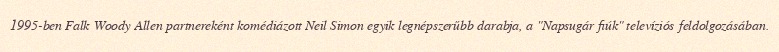
1995-ben Falk Woody Allen partnereként komédiázott Neil Simon egyik legnépszerűbb darabja, a "Napsugár fiúk" televíziós feldolgozásában.